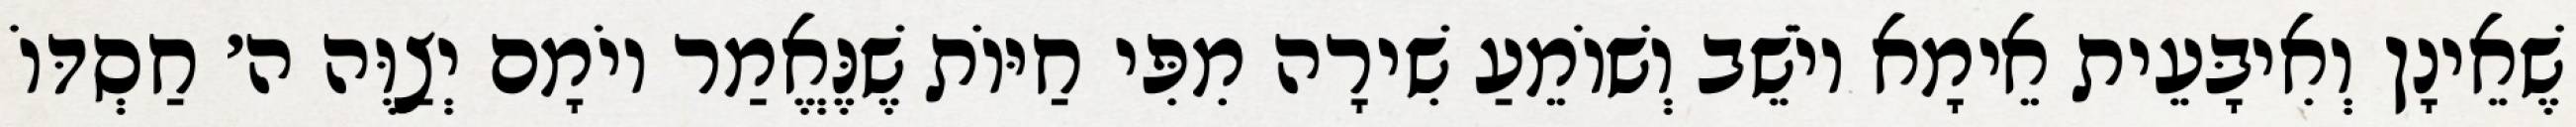
שֶׁאֵינָן וְאִיבָּעֵית אֵימָא יוֹשֵׁב וְשׁוֹמֵעַ שִׁירָה מִפִּי חַיּוֹת שֶׁנֶּאֱמַר יוֹמָם יְצַוֶּה ה׳ חַסְדּוֹ